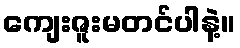
ကျေးဇူးမတင်ပါနဲ့။